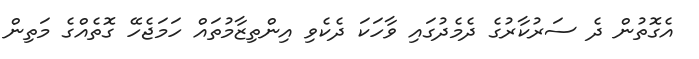
އެގޮތުން ދެ ސަރުކާރުގެ ދެމެދުގައި ވާހަކަ ދެކެވި އިންތިޒާމުތައް ހަމަޖެހޭ ގޮތެއްގެ މަތިން